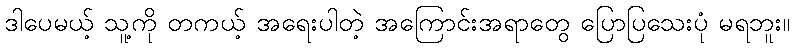
ဒါပေမယ့် သူ့ကို တကယ့် အရေးပါတဲ့ အကြောင်းအရာတွေ ပြောပြသေးပုံ မရဘူး။